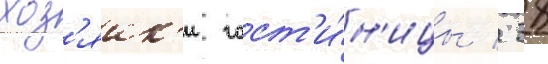
хоз'яик'и гост'и́н'ицы / 38